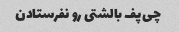
چی‌پف بالشتی رو نفرستادن